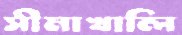
সীমাখালি